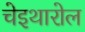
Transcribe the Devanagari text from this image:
चेइथारोल